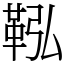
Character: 鞃